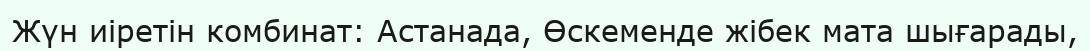
Жүн иіретін комбинат: Астанада, Өскеменде жібек мата шығарады,